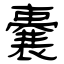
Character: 嚢